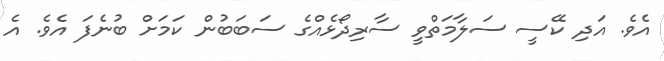
އެވެ. އަދި ކޭސީ ސަލާމަތްވީ ސާރިދޯޅެއްގެ ސަބަބުން ކަމަށް ބުނެފަ އެވެ. އެ